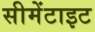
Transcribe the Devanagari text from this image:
सीमेंटाइट